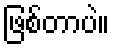
ဖြစ်တာပဲ။